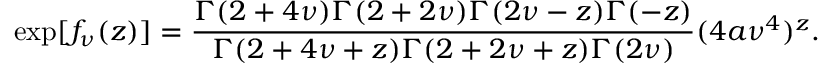
\exp [ f _ { \nu } ( z ) ] = \frac { \Gamma ( 2 + 4 \nu ) \Gamma ( 2 + 2 \nu ) \Gamma ( 2 \nu - z ) \Gamma ( - z ) } { \Gamma ( 2 + 4 \nu + z ) \Gamma ( 2 + 2 \nu + z ) \Gamma ( 2 \nu ) } ( 4 a \nu ^ { 4 } ) ^ { z } .